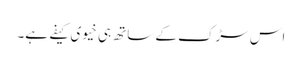
اس سڑک کے ساتھ ہی خیوی کیفے ہے۔